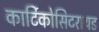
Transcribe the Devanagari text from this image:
कार्टिकोसिटरायड